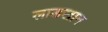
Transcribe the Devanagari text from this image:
लाडखान